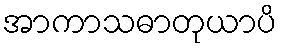
အာကာသဓာတုယာပိ